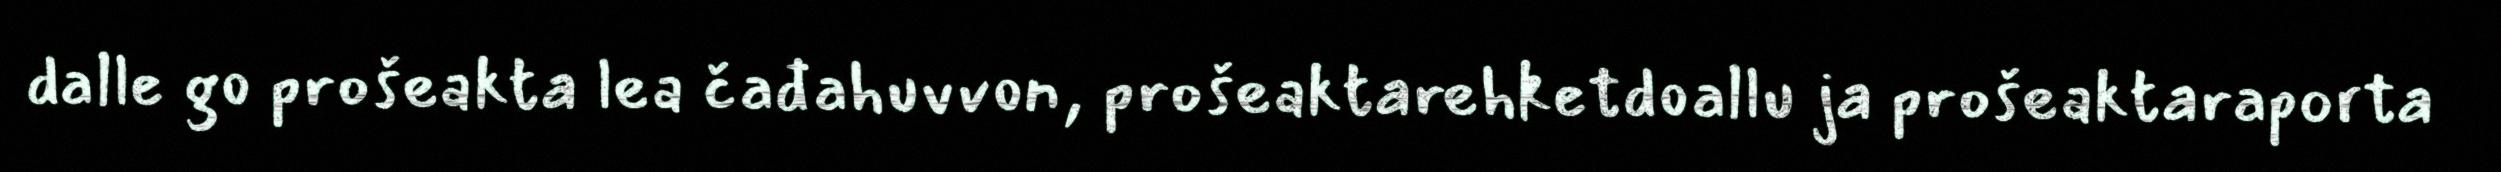
dalle go prošeakta lea čađahuvvon, prošeaktarehketdoallu ja prošeaktaraporta